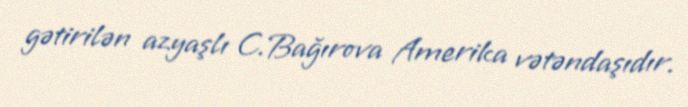
gətirilən azyaşlı C.Bağırova Amerika vətəndaşıdır.